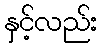
နှင့်လည်း